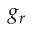
g _ { r }